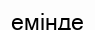
емінде